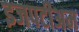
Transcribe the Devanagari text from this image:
इजपटीअम